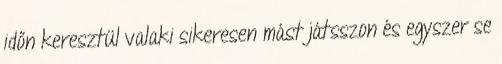
időn keresztül valaki sikeresen mást játsszon és egyszer se